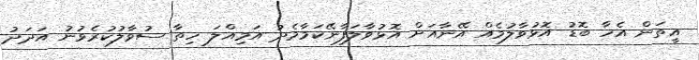
އީތަން އެހާ ބޮޑު އޮޅުވާލުމެއް އޭނާއަށް އޮޅުވާލަފާނޭކަމާމެދު އަމިއްލަ ހިތާ ސުވާލުކުރެވުނު އަދަދު